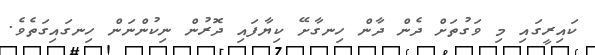
ކައިރީގައި މި ވަގުތަށް ދެން ދާން ހިނގާށޭ ކިޔާފައި ދޮރުން ނިކުންނަން ހިނގައިގަތެވެ.